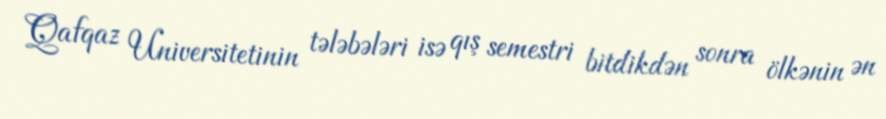
Qafqaz Universitetinin tələbələri isə qış semestri bitdikdən sonra ölkənin ən